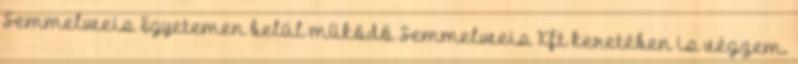
Semmelweis Egyetemen belül működő Semmelweis Kft keretében is végzem.